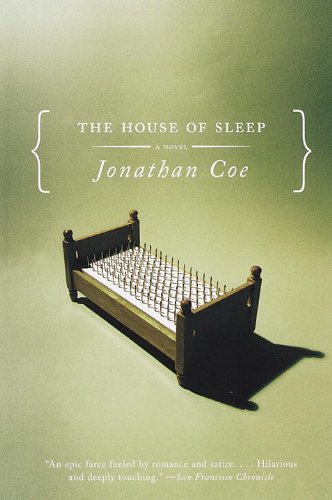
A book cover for The House of Sleep; Jonathan Coe; Literature & Fiction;